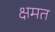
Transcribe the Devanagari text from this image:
क्षमत